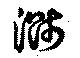
濺